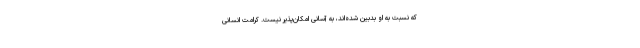
که نسبت به او بدبین شده‌اند، به آسانی امکان‌پذیر نیست. کرامت انسانی